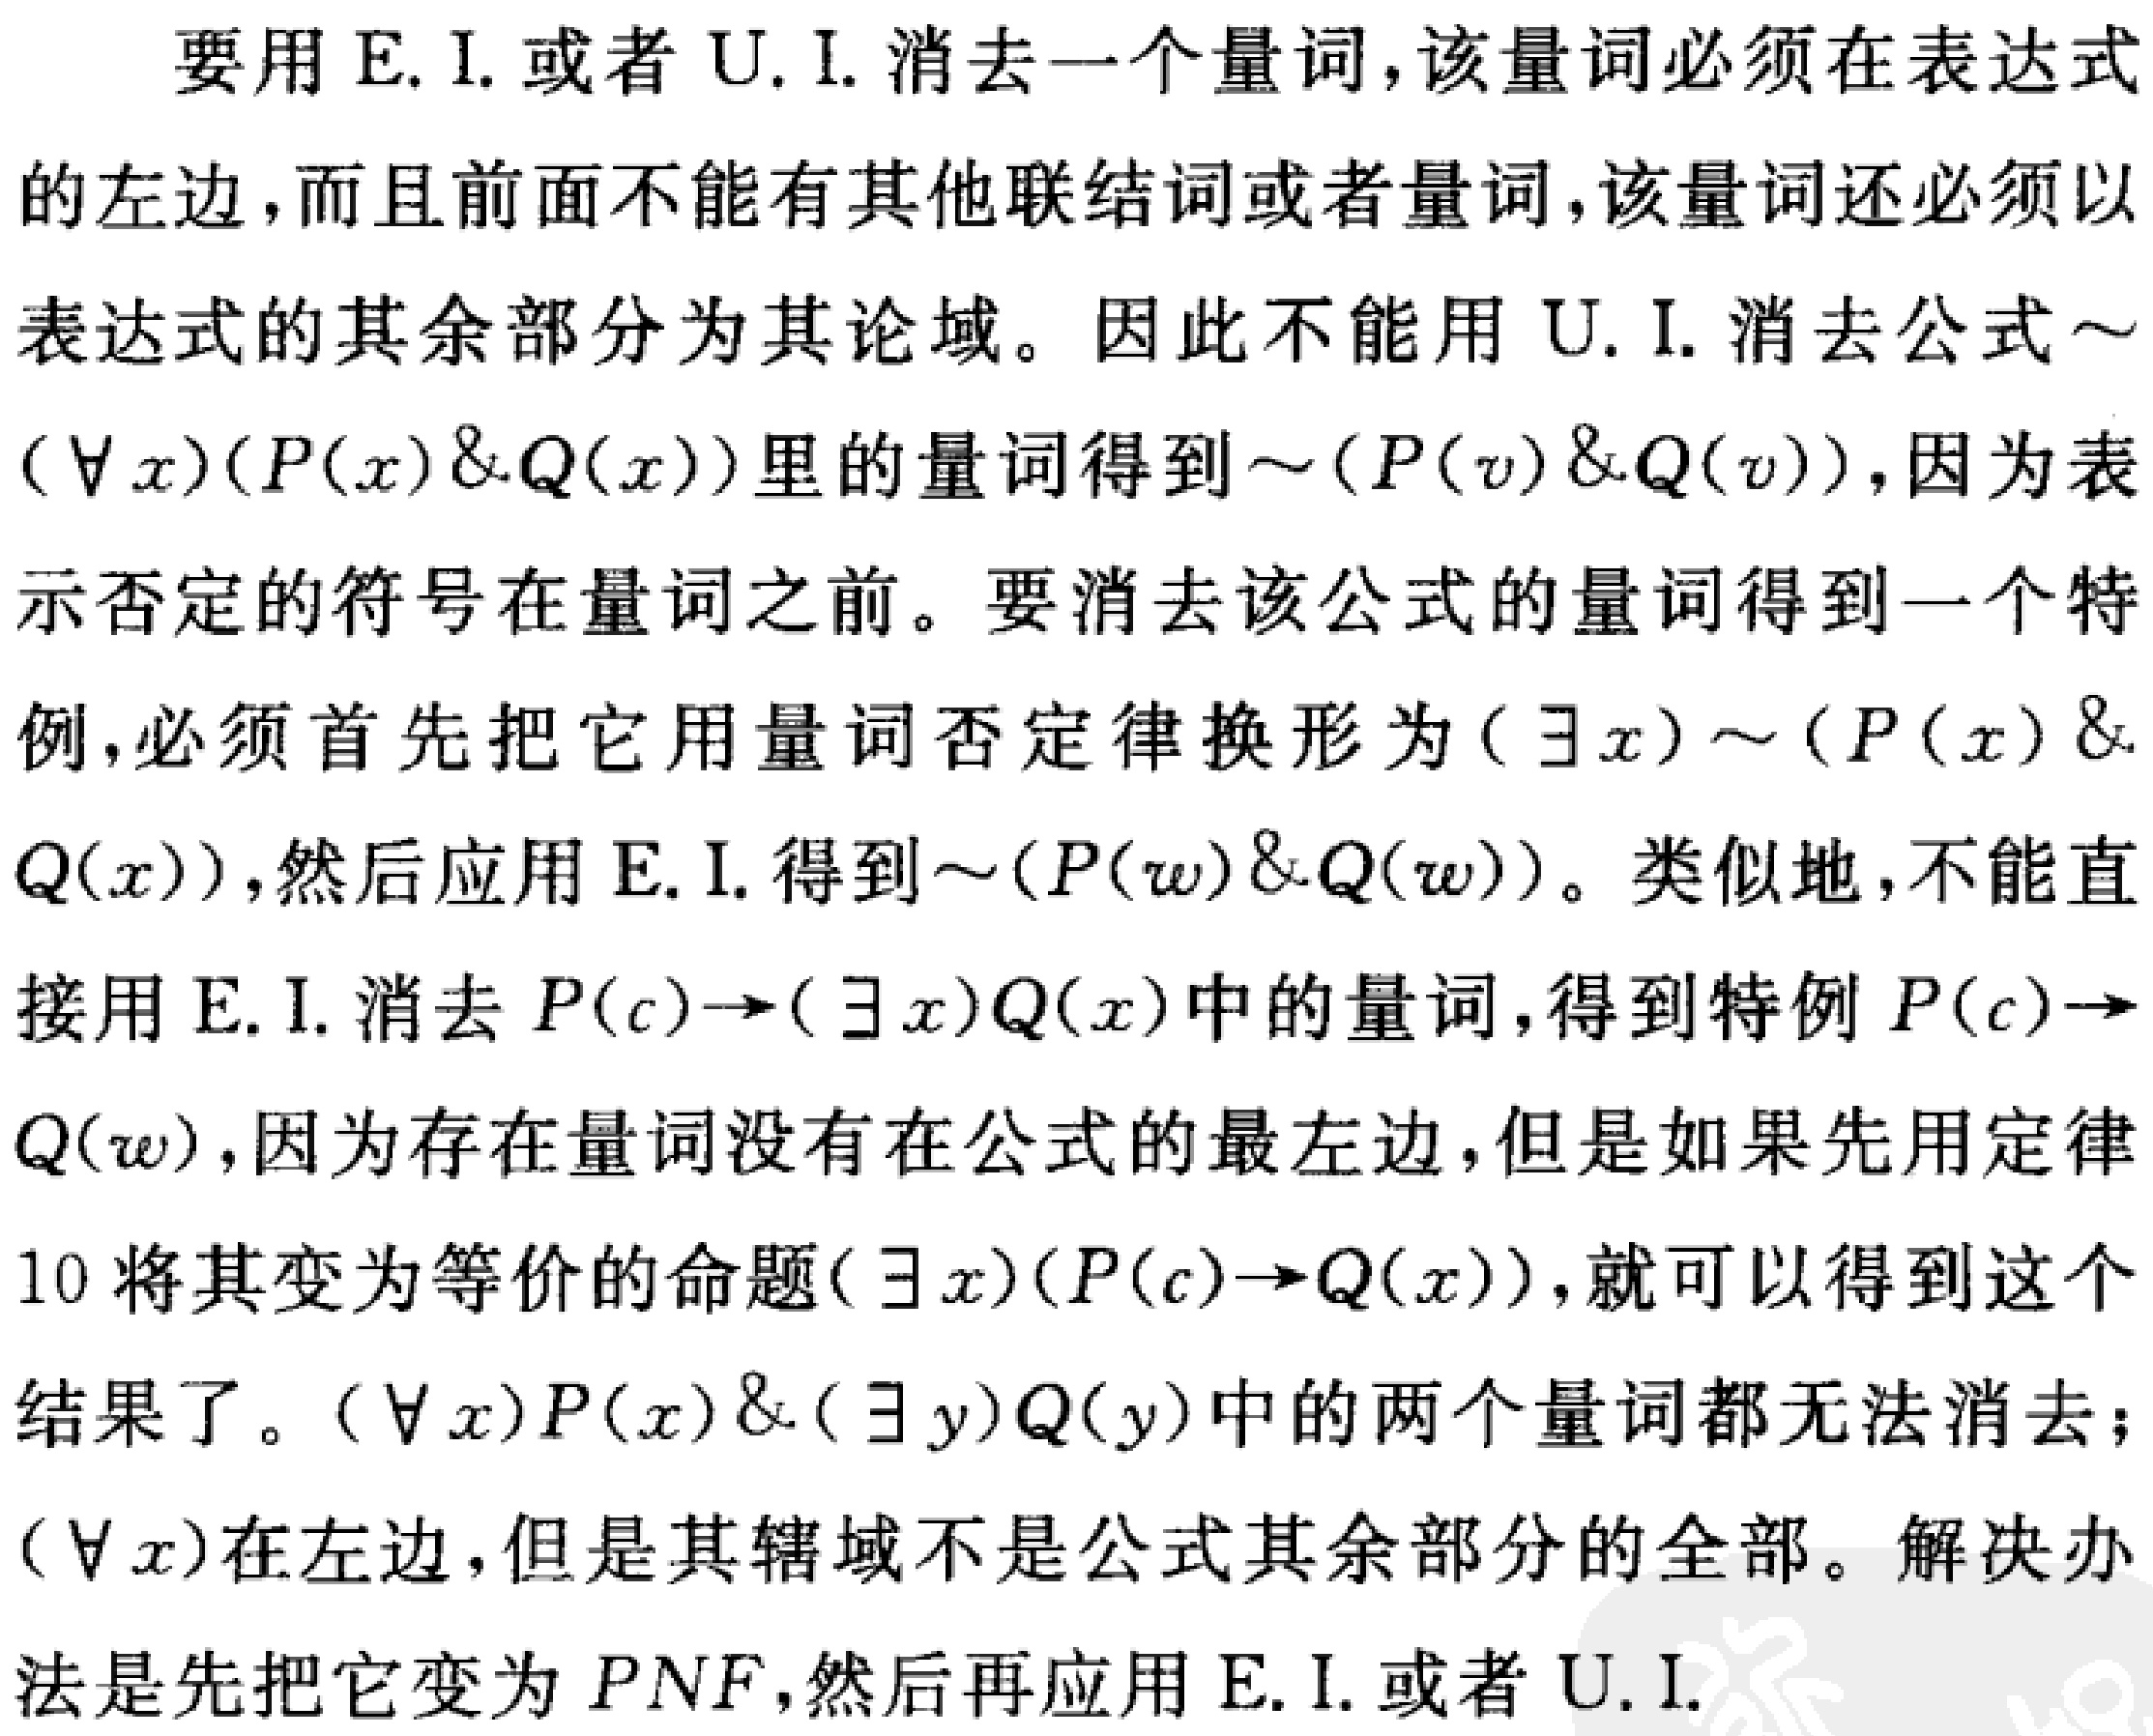
要用 E.I. 或者 U.I. 消去一个量词，该量词必须在表达式的左边，而且前面不能有其他联结词或者量词，该量词还必须以表达式的其余部分为其论域。因此不能用 U.I. 消去公式$\sim (\forall x)(P(x)\&Q(x))$里的量词得到$\sim (P(v)\&Q(v))$，因为表示否定的符号在量词之前。要消去该公式的量词得到一个特例，必须首先把它用量词否定律换形为$(\exists x)\sim (P(x)\& Q(x))$，然后应用 E.I. 得到$\sim (P(w)\&Q(w))$。类似地，不能直接用 E.I. 消去$P(c)\to (\exists x)Q(x)$中的量词，得到特例$P(c)\to Q(w)$，因为存在量词没有在公式的最左边，但是如果先用定律10将其变为等价的命题$(\exists x)(P(c)\to Q(x))$，就可以得到这个结果了。$(\forall x)P(x)\& (\exists y)Q(y)$中的两个量词都无法消去；$(\forall x)$在左边，但是其辖域不是公式其余部分的全部。解决办法是先把它变为 PNF，然后再应用 E.I. 或者 U.I.